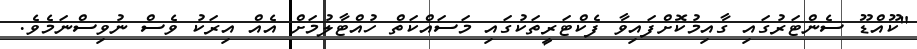
"ކޫއްޑޫ ސެންޓަރުގައި ގާއިމުކޮށްފައިވާ ފެކްޓަރީތަކުގައި މަސައްކަތް ހުއްޓާލުމަށް އެއް އިރަކު ވެސް ނުވިސްނަމެވެ.